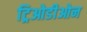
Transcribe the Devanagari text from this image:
ट्रिओडीओन